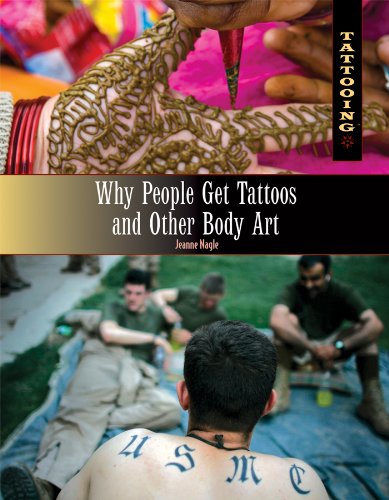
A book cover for Why People Get Tattoos and Other Body Art (Tattooing); Jeanne Nagle; Teen & Young Adult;